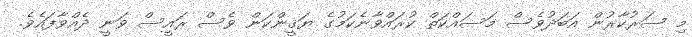
މި ސަރުކާރުން އަބަދުވެސް މަސައްކަތް ކުރައްވާނެކަމުގެ ޔަޤީންކަން ވެސް ރައީސް ވަނީ ދެއްވާފައެވެ.